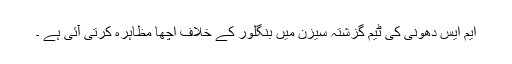
ایم ایس دھونی کی ٹیم گزشتہ سیزن میں بنگلور کے خلاف اچھا مظاہرہ کرتی آئی ہے ۔